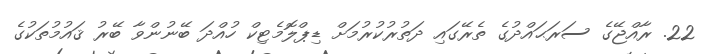
22. ރާއްޖޭގެ ސަރަޙައްދުގެ ތެރޭގައި ދަތުރުކުރުމަށް ޑިޕްލޮމެޓިކް ހުއްދަ ބޭނުންވާ ބޭރު ޤައުމުތަކުގެ